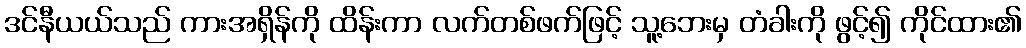
ဒင်နီယယ်သည် ကားအရှိန်ကို ထိန်းကာ လက်တစ်ဖက်ဖြင့် သူ့ဘေးမှ တံခါးကို ဖွင့်၍ ကိုင်ထား၏